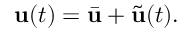
\mathbf { u } ( t ) = \bar { \mathbf { u } } + \tilde { \mathbf { u } } ( t ) .